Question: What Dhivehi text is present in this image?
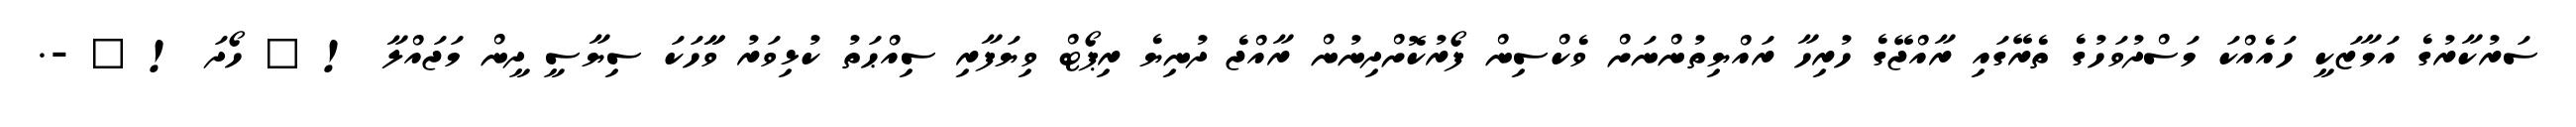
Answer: ސަރުކާރުގެ އަމާޒަކީ ހައެއްކަ މަސްދުވަހުގެ ތެރޭގައި ރާއްޖޭގެ ހުރިހާ ރައްޔިތުންނަށް ވެކްސިން ފޯރުކޮށްދިނުން ރާއްޖެ ދުނިޔެ ރިޕޯޓް ވިޔަފާރި ސިއްޙަތު ކުޅިވަރު ވާާހަކަ ސިޔާސީ ދީން މަޖައްލާ ! ? ހޯދަ ! ? -.